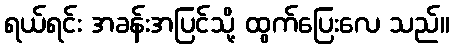
ရယ်ရင်း အခန်းအပြင်သို့ ထွက်ပြေးလေ သည်။